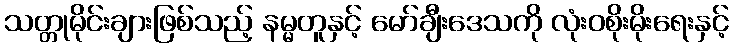
သတ္တုမိုင်းချားဖြစ်သည့် နမ္မတူနှင့် မော်ချီးဒေသကို လုံးဝစိုးမိုးရေးနှင့်